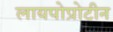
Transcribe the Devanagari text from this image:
लायपोप्रोटीन